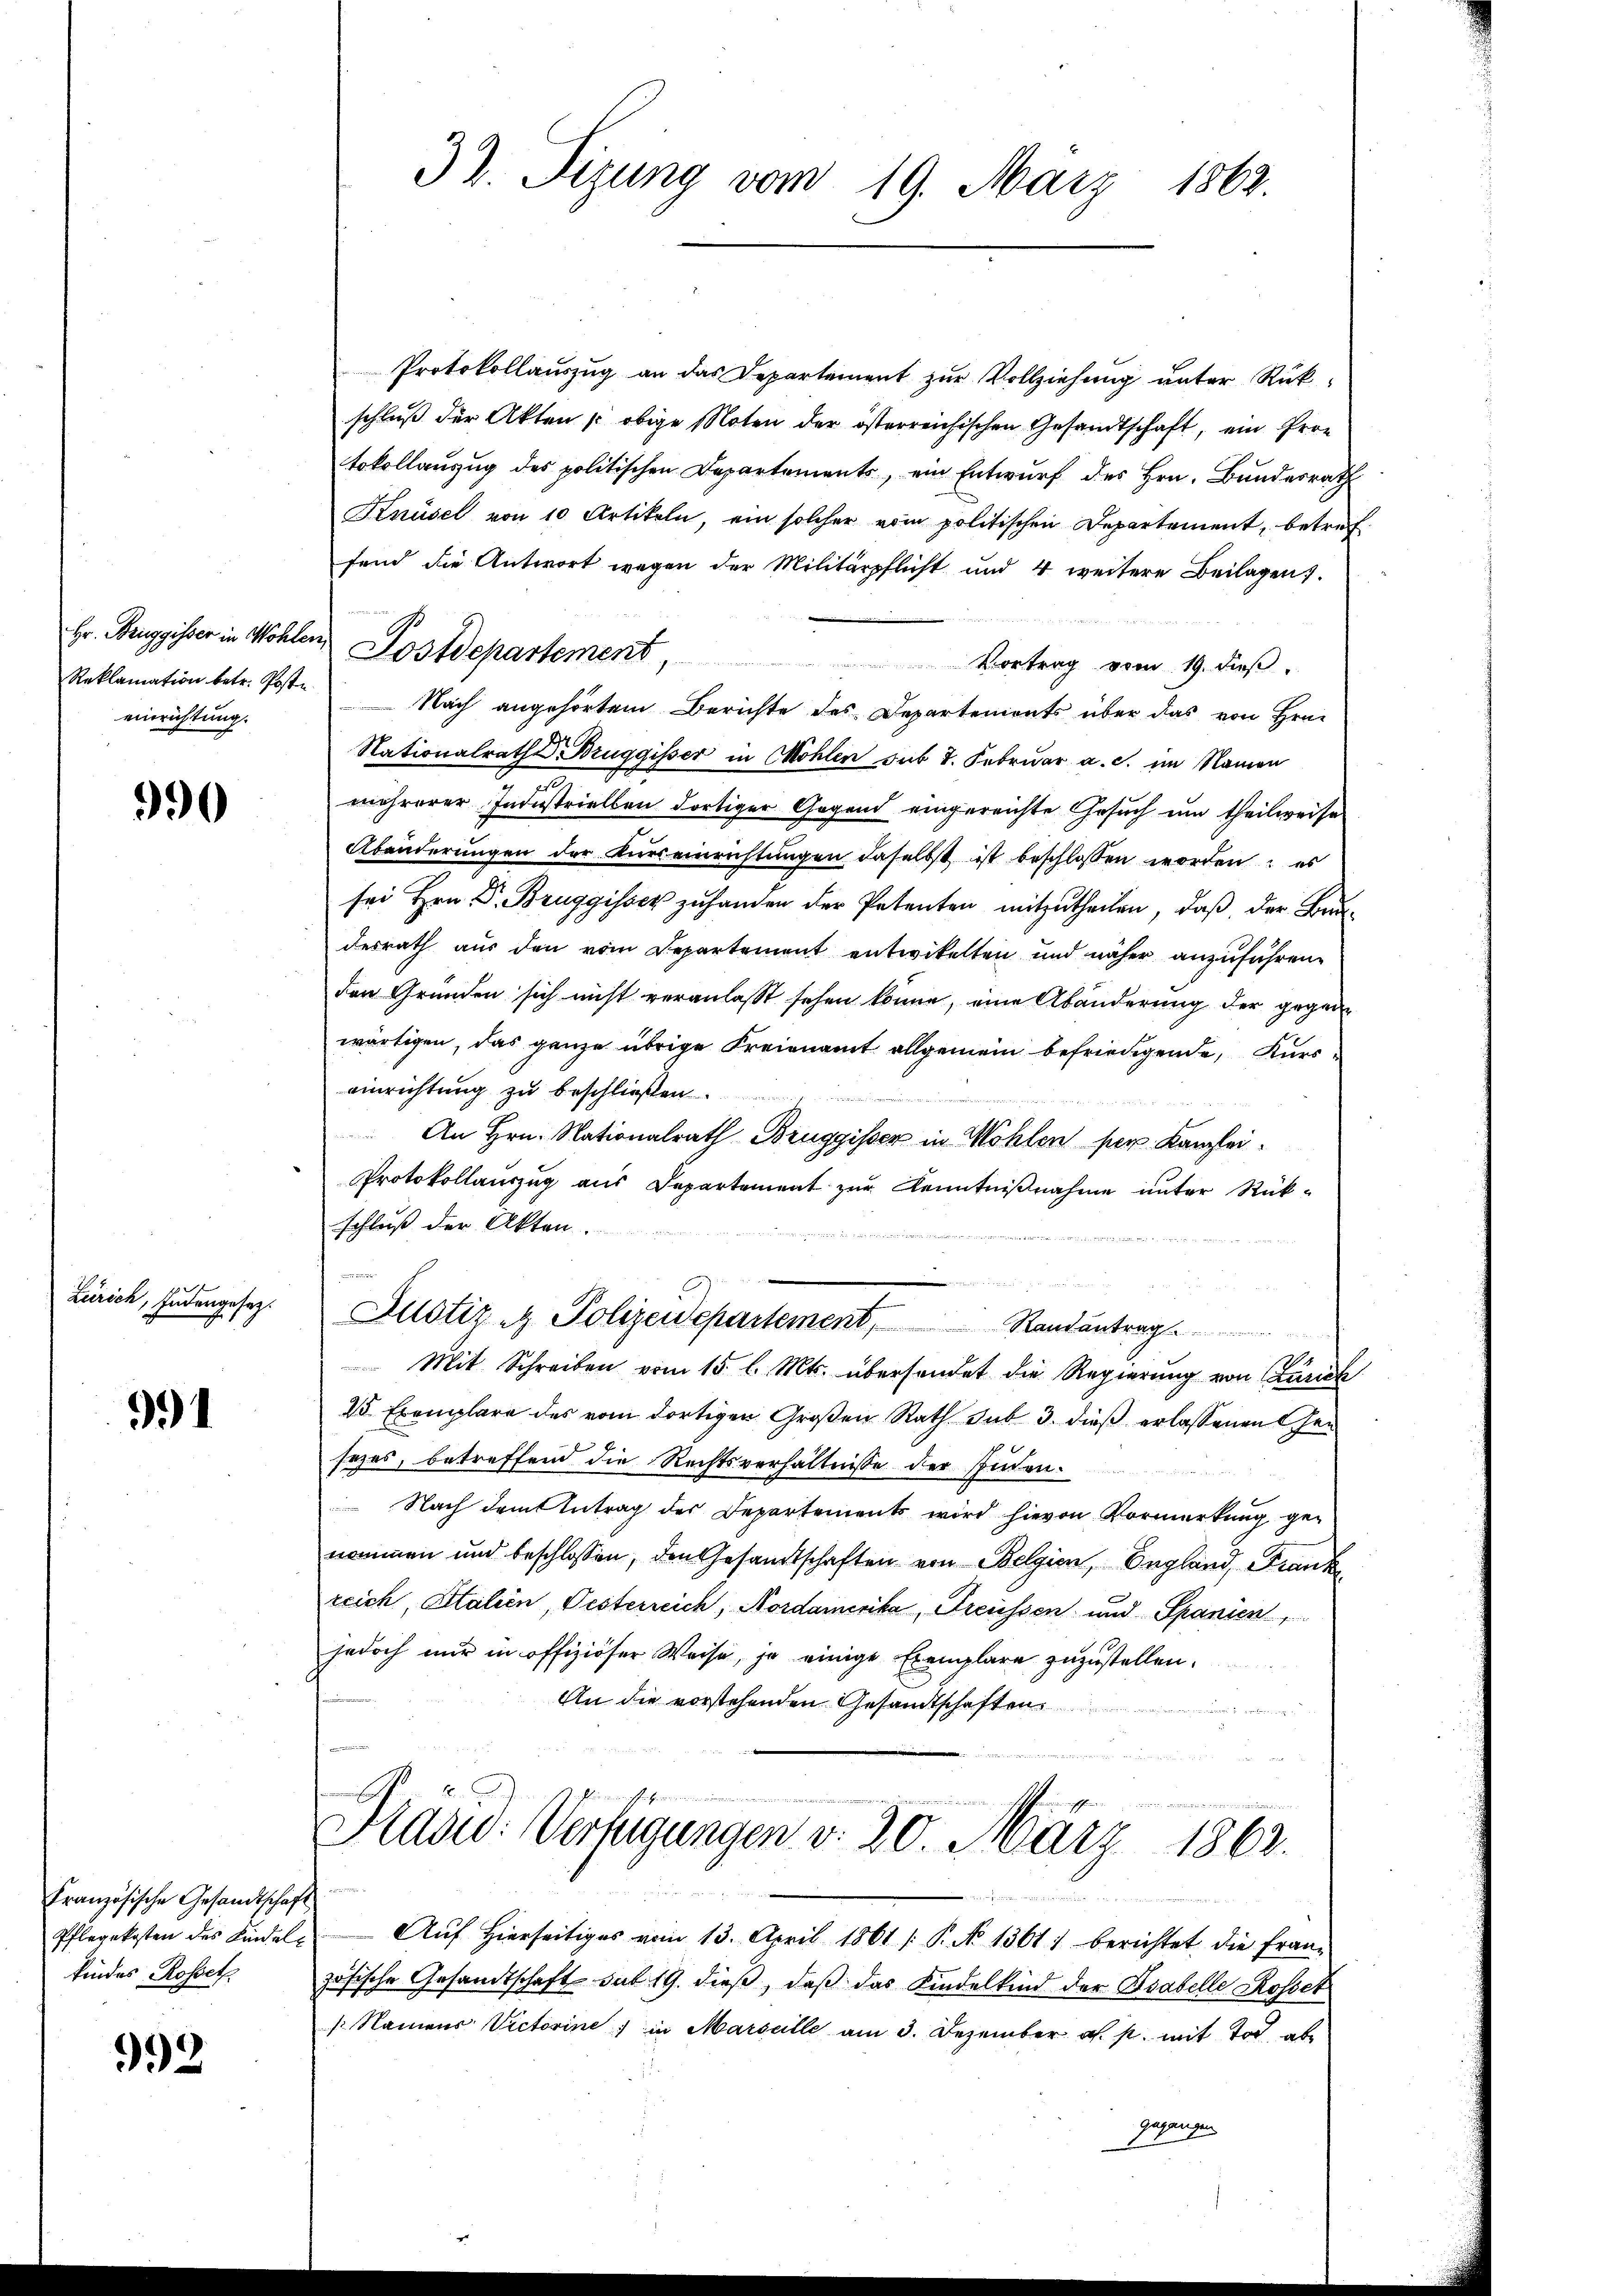
Hr. Bruggisser in Wohlen,
einrichtung.

990

Zürich, Intengesez

991

Französische Gesandtschaf
Pflegekosten des Kindelkindes Rosset

992

Protokollauszug an das Departement zur Vollziehung unter Rückschluß der Akten u obige Noten der österreichischen Gesandtschaft, ein Protokollanzug des politischen Departements, ein Entwurf des Hrn. Bundesrath
Knüsel von 10 Artikeln, ein solcher vom politischen Departement, betreffend die Antwort wegen der Militärpflicht und 4 weitere Beilagen.
Postdepartement,
Vortrag vom 19. dieβ.
Reklamation betr. Post. Nach angehörtem Berichte des Departements über das von Hrn.
Nationalrathe Bruggisser in Mohlen sub 7. Februar a. c. im Namen
i
e
mehrerer Industriellen dortiger Gegend eingereichte Gesuch um theilweise
Abänderungen der Kurs einrichtungen daselbst ist beschlossen worden; es
sei Hrn. Dr. Bruggisser zŭ handen der Petenten mitzŭtheilen, daβ der Be-
desrath aus den vom Departement entwickelten und näher anzuführen.
den Gründen sich nicht veranlasst sehen könne, eine Abänderung der gegenwärtigen, das ganze übrige Freienamt allgemein befriedigende Kurs
einrichtung zu beschließen
An Hrn. Nationalrath Bruggisser in Wohlen per Kanzlei-
Protokollauszug aus Departement zur Kenntnißnahme unter Rück-
schluß der Akten.

Justiz & Polizeidepartement, Randantrag
Mit Schreiben vom 15. l. Mts. übersendet die Regierung von Zürich
25 Exemplare des vom dortigen Großen Rath sub 3. dieß erlassenen Gesezes, betreffend die Rechtsverhältnisse der Juden.
Nach dem Antrag des Departements wird hievon Vormerkung genommen und beschlossen, den Gesandtschaften von Belgien, England, Frank
reich, Citalien, Pesterreich, Nordamerika, Freussen und Spanien,
jedoch nur in offiziöser Weise, ja einige Exemplare zuzustellen.
An die vorstehenden Gesandtschaften
u
u
Präsid. Verfügungen d. 20. März 1862.
u
Aŭf Hierseitiges vom 13. April 1861 /: P. No 1361) berichtet die fran-
zösische Gesandtschaft sub 19. dieß, daß das Kindelkind der Tabelle Rosset
Namens Victorine, in Marseille am 3. Dezember a. p. mit Tod abe
gegangen.

32. Sizung vom 19. März 1862.